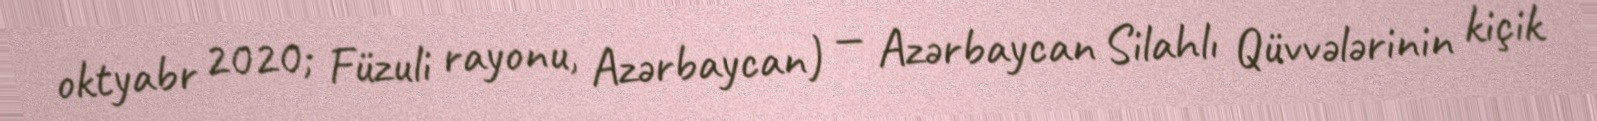
oktyabr 2020; Füzuli rayonu, Azərbaycan) — Azərbaycan Silahlı Qüvvələrinin kiçik